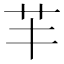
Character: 𦬒